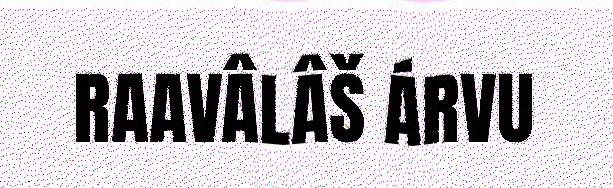
RAAVÂLÂŠ ÁRVU